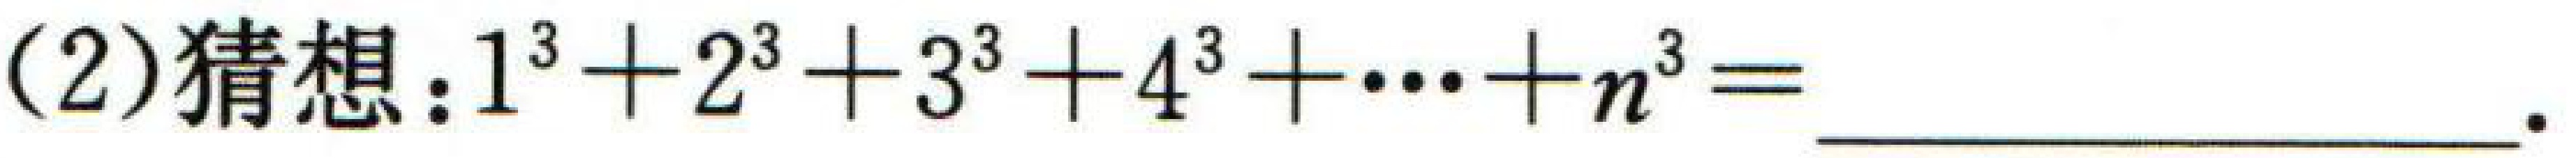
(2)猜想：\(1^{3}+2^{3}+3^{3}+4^{3}+\cdots +n^{3}=\underline{}\)